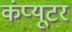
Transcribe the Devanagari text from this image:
कंंप्यूटर